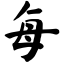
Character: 每